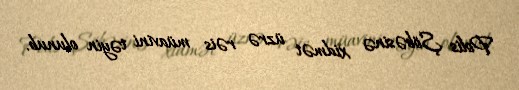
Polis Şöbəsinə xidmət üzrə rəis müavini təyin olunub.